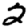
Digit: 2